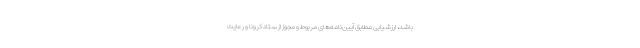
باشد، ارزشیابی مطابق آیین‌نامه‌های مربوط و مجوز از ستاد کرونا و رعایت